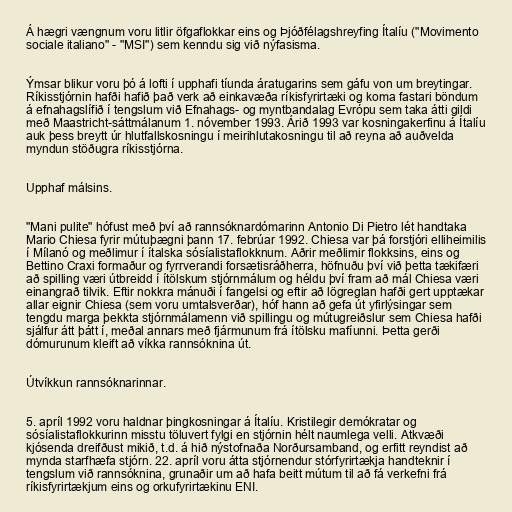
Á hægri vængnum voru litlir öfgaflokkar eins og Þjóðfélagshreyfing Ítalíu ("Movimento
sociale italiano" - "MSI") sem kenndu sig við nýfasisma.

Ýmsar blikur voru þó á lofti í upphafi tíunda áratugarins sem gáfu von um breytingar.
Ríkisstjórnin hafði hafið það verk að einkavæða ríkisfyrirtæki og koma fastari böndum
á efnahagslífið í tengslum við Efnahags- og myntbandalag Evrópu sem taka átti gildi
með Maastricht-sáttmálanum 1. nóvember 1993. Árið 1993 var kosningakerfinu á Ítalíu
auk þess breytt úr hlutfallskosningu í meirihlutakosningu til að reyna að auðvelda
myndun stöðugra ríkisstjórna.

Upphaf málsins.

"Mani pulite" hófust með því að rannsóknardómarinn Antonio Di Pietro lét handtaka
Mario Chiesa fyrir mútuþægni þann 17. febrúar 1992. Chiesa var þá forstjóri elliheimilis
í Mílanó og meðlimur í ítalska sósíalistaflokknum. Aðrir meðlimir flokksins, eins og
Bettino Craxi formaður og fyrrverandi forsætisráðherra, höfnuðu því við þetta tækifæri
að spilling væri útbreidd í ítölskum stjórnmálum og héldu því fram að mál Chiesa væri
einangrað tilvik. Eftir nokkra mánuði í fangelsi og eftir að lögreglan hafði gert upptækar
allar eignir Chiesa (sem voru umtalsverðar), hóf hann að gefa út yfirlýsingar sem
tengdu marga þekkta stjórnmálamenn við spillingu og mútugreiðslur sem Chiesa hafði
sjálfur átt þátt í, meðal annars með fjármunum frá ítölsku mafíunni. Þetta gerði
dómurunum kleift að víkka rannsóknina út.

Útvíkkun rannsóknarinnar.

5. apríl 1992 voru haldnar þingkosningar á Ítalíu. Kristilegir demókratar og
sósíalistaflokkurinn misstu töluvert fylgi en stjórnin hélt naumlega velli. Atkvæði
kjósenda dreifðust mikið, t.d. á hið nýstofnaða Norðursamband, og erfitt reyndist að
mynda starfhæfa stjórn. 22. apríl voru átta stjórnendur stórfyrirtækja handteknir í
tengslum við rannsóknina, grunaðir um að hafa beitt mútum til að fá verkefni frá
ríkisfyrirtækjum eins og orkufyrirtækinu ENI.